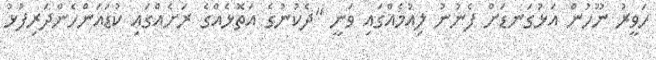
ހަވީރު ނޫހުން އަޅުގަނޑަށް ފެނުނު ލިއުމެއްގައި ވަނީ "ދެކުނުގެ އަތޮޅެއްގެ ރަށެއްގައި ކުޑައަންހެންދަރިފުޅު